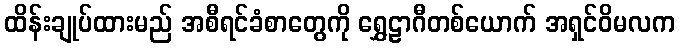
ထိန်းချုပ်ထားမည် အစီရင်ခံစာတွေကို ရွှေဠာဂီတစ်ယောက် အရှင်ဝိမလက